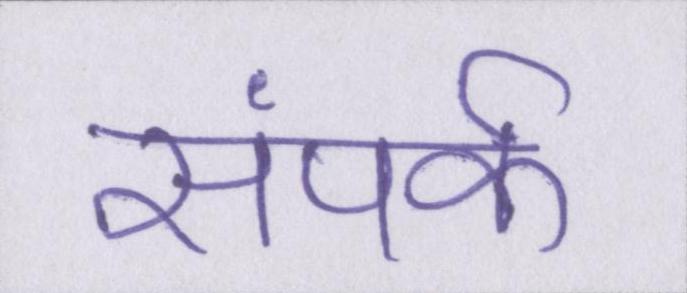
संपर्क